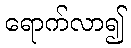
ရောက်လာ၍